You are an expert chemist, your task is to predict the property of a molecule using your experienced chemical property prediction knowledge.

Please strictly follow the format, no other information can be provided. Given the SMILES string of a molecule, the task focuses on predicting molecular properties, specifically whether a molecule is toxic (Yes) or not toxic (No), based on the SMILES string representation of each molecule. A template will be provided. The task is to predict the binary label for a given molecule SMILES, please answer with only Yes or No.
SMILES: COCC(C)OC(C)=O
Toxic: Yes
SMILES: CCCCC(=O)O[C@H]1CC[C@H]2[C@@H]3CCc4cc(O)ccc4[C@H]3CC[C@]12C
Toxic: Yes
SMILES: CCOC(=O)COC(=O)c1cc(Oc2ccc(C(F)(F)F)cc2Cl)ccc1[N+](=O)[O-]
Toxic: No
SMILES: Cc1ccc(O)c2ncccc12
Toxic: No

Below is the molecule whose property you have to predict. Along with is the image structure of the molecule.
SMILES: C/C=C(/CC[C@@H](C)[C@H]1CC[C@H]2C3=CC[C@H]4[C@H](C)[C@@H](O)CC[C@]4(C)[C@H]3CC[C@@]21C)C(C)C
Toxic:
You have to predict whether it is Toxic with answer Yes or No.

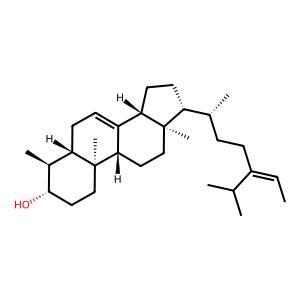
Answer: No